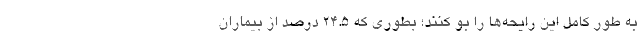
به طور کامل این رایحه‌ها را بو کنند؛ بطوری که ۲۴.۵ درصد از بیماران